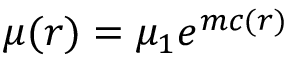
\mu ( r ) = \mu _ { 1 } e ^ { m c ( r ) }